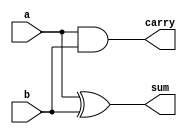
`timescale 1ns / 1ps



module half_adder(
input a,b,
output sum,carry
    );
    
    assign sum= a ^ b;
    assign carry = a & b;
endmodule

// test bench 

`timescale 1ns / 1ps



module half_adder_tb;

reg a;
reg b;
wire sum;
wire carry;

half_adder dut (.a(a), .b(b), .sum(sum), .carry(carry));

initial begin
    
    a=1'b0;
    b=1'b0;
   
   #50;
   
    a=1'b0;
    b=1'b1;
    
    #50;
    
    a=1'b1;
    b=1'b0;
    
    #50;
    
    a=1'b1;
    b=1'b1;
    
end 
       
endmodule